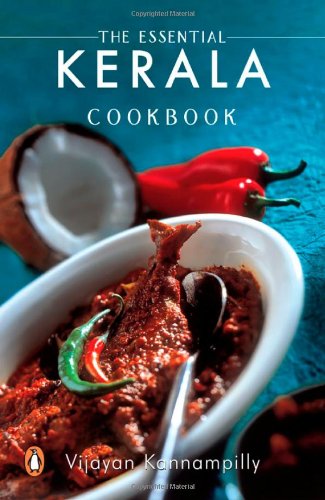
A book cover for Essential Kerala Cookbook; Vijayan Kannampilly; Cookbooks, Food & Wine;